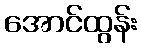
အောင်ထွန်း